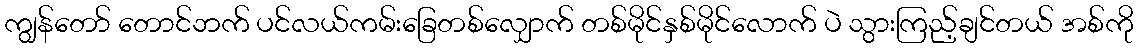
ကျွန်တော် တောင်ဘက် ပင်လယ်ကမ်းခြေတစ်လျှောက် တစ်မိုင်နှစ်မိုင်လောက် ပဲ သွားကြည့်ချင်တယ် အစ်ကို